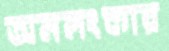
অনলংকার